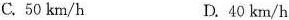
C.50km/h D.40km/h